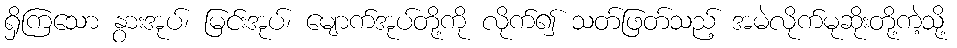
ရှိကြသော နွားအုပ်၊ မြင်းအုပ်၊ မျောက်အုပ်တို့ကို လိုက်၍ သတ်ဖြတ်သည့် အမဲလိုက်မုဆိုးတို့ကဲ့သို့